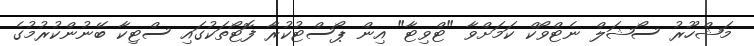
މަޝްހޫރު ސޯޝަލް ނެޓްވޯކް ކަމަށްވާ "ޓްވިޓާ" އިން ޕޯސްޓުކުރާ ފޮޓޯޯތަކުގައި ސްޓިކާ ބޭނުންކުރުމުގެ